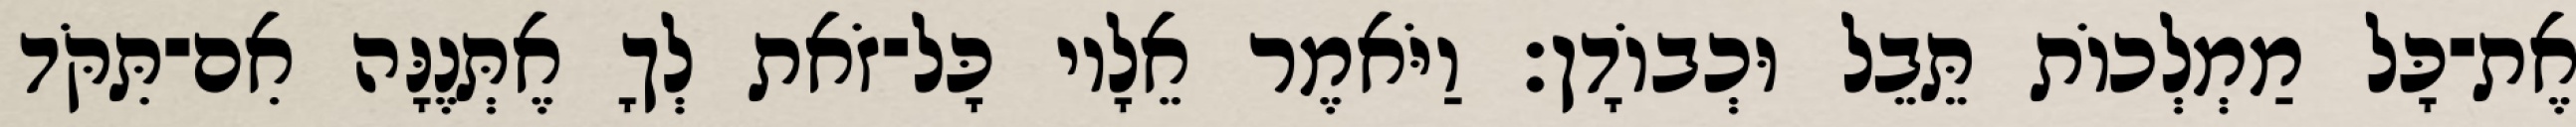
אֶת־כָּל מַמְלְכוֹת תֵּבֵל וּכְבוֹדָן׃ וַיֹּאמֶר אֵלָיו כָּל־זֹאת לְךָ אֶתְּנֶנָּה אִם־תִּקֹּד